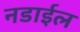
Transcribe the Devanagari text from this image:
नडाईल